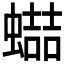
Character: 𧑱